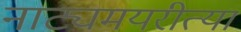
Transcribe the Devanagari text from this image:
नाट्यमयरीत्या